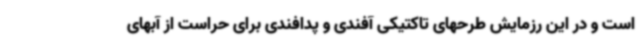
است و در این رزمایش طرحهای تاکتیکی آفندی و پدافندی برای حراست از آبهای